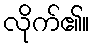
လိုက်၏။